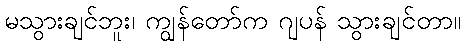
မသွားချင်ဘူး၊ ကျွန်တော်က ဂျပန် သွားချင်တာ။